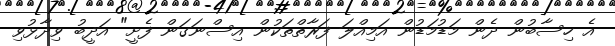
އެ ހިސާބުން ދެން މަޑުމަޑުން އަމިއްލަ ފަރާތްތަކުން އިސްނަގަން ފެށީ" އަދީބު ވިދާޅުވި